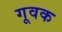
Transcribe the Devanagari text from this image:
गूवक